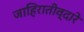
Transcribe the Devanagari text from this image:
जाहिरातीव्दारे